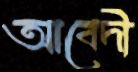
আবেদী